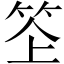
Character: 𥬧